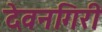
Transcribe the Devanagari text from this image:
देवनगिरी